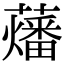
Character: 䕰